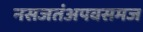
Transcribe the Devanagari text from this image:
नसजतंअपवसमज